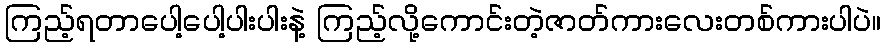
ကြည့်ရတာပေါ့ပေါ့ပါးပါးနဲ့ ကြည့်လို့ကောင်းတဲ့ဇာတ်ကားလေးတစ်ကားပါပဲ။